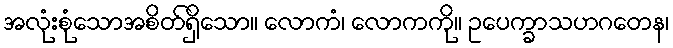
အလုံးစုံသောအစိတ်ရှိသော။ လောကံ၊ လောကကို။ ဥပေက္ခာသဟဂတေန၊